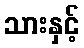
သားနှင့်